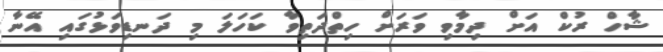
ޝާހް ރުކް އަށް ދިމާވި ވަރަށް ހިތްދަތިވާ ކަހަލަ މި ދަނޑިވަޅުގައި އޭނާ